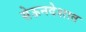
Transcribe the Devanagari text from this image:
सेऊनदेशात